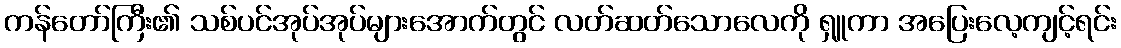
ကန်တော်ကြီး၏ သစ်ပင်အုပ်အုပ်များအောက်တွင် လတ်ဆတ်သောလေကို ရှူကာ အပြေးလေ့ကျင့်ရင်း